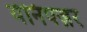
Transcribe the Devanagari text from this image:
येनिपज़र